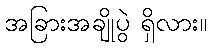
အခြားအချိုပွဲ ရှိလား။